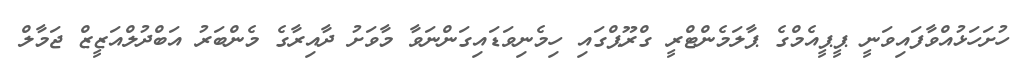
ހުށަހަޅުއްވާފައިވަނީ ޕީޕީއެމްގެ ޕާލަމެންޓްރީ ގްރޫޕްގައި ހިމެނިވަޑައިގަންނަވާ މާވަށު ދާއިރާގެ މެންބަރު އަބްދުލްއަޒީޒް ޖަމާލް